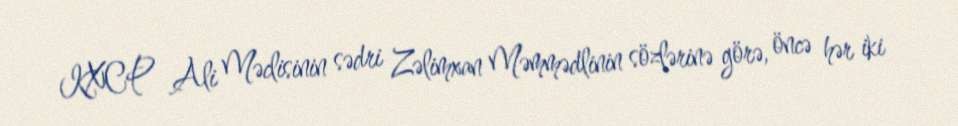
KXCP Ali Məclisinin sədri Zəlimxan Məmmədlinin sözlərinə görə, öncə hər iki